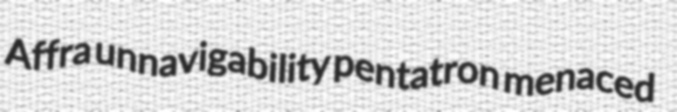
Affra unnavigability pentatron menaced